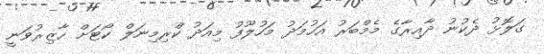
ގަލޮޅު ދެކުނު ދާއިރާގެ މެމްބަރު އަހުމަދު މަހުލޫފު މިއަދު ކްރިމިނަލް ކޯޓަށް ހާޒިރުވަނީ